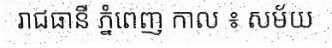
រាជធានី ភ្នំពេញ កាល ៖ សម័យ